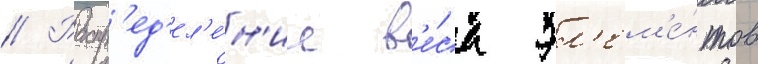
// Распр'ед'ел'е́н'ие в'е́са эл'ем'е́нтов